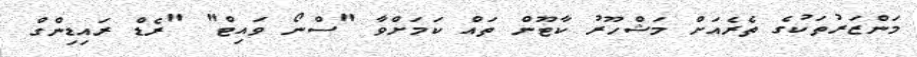
މަންޒަރުތަކުގެ ތެރެއަށް މަޝްހޫރު ކާޓޫން ތައް ކަމަށްވާ "ސްނޯ ވައިޓް" "ރެޑް ރައިޑިންގް